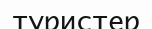
туристер